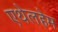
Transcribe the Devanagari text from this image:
एथेलहेम